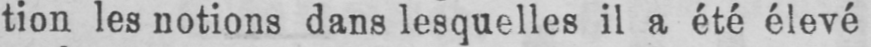
tion les notions dans lesquelles il a été élevé